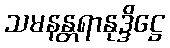
သမနန္တရာနုဒ္ဒိဋ္ဌေ